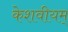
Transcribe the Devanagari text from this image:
केशवीयम्